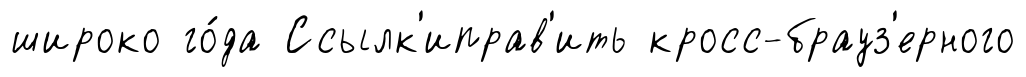
широко го́да Ссылк'иправ'ить кросс-брауз'ерного